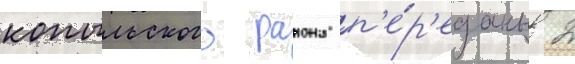
копыльского раиона п'е́р'еданы 2